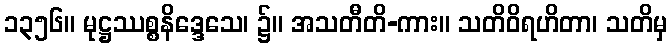
၁၃၅၆။ မုဋ္ဌဿစ္စနိဒ္ဒေသေ၊ ၌။ အသတီတိ-ကား။ သတိဝိရဟိတာ၊ သတိမှ